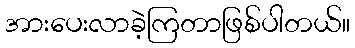
အားပေးလာခဲ့ကြတာဖြစ်ပါတယ်။